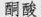
酮酸